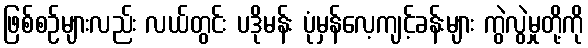
ဖြစ်စဉ်များလည်း လယ်တွင်း ပဒိုမန်း ပုံမှန်လေ့ကျင့်ခန်းများ ကွဲလွဲမှုတို့ကို